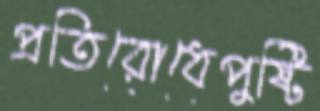
প্রতিরোধেপুষ্টি